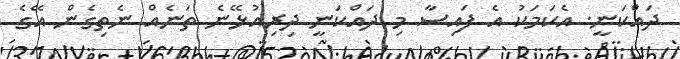
ދައްކަނީ. އެކަމަކު އެ ފައިސާ މި ދައްކަނީ ދިރިއުޅޭނެ ތަނެއް ނެތިގެން އޭގެ